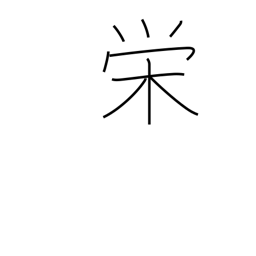
Meaning: glory